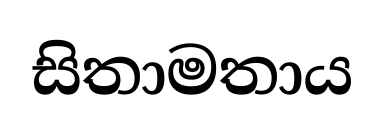
සිතාමතාය